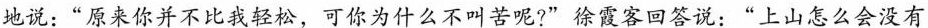
地说：”原来你并不比我轻松，可你为什么不叫苦呢?”徐霞客回答说：”上山怎么会没有